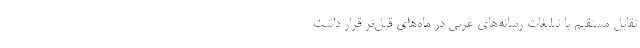
تقابل مستقیم با تبلیغات رسانه‌های غربی در ماه‌های قبل‌تر قرار داشت